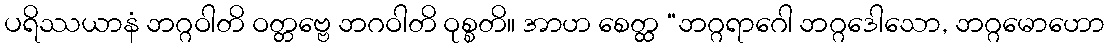
ပရိဿယာနံ ဘဂ္ဂဝါတိ ဝတ္တဗ္ဗေ ဘဂဝါတိ ဝုစ္စတိ။ အာဟ စေတ္ထ “ဘဂ္ဂရာဂေါ ဘဂ္ဂဒေါသော, ဘဂ္ဂမောဟော